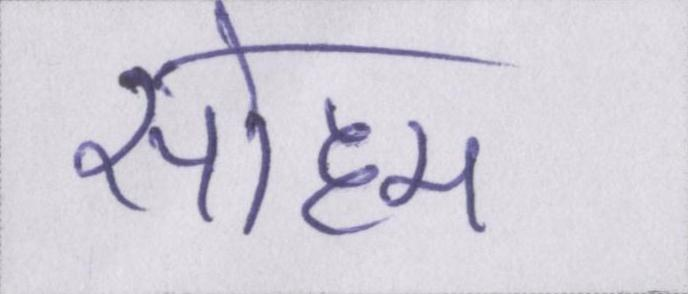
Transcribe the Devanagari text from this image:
सोहम